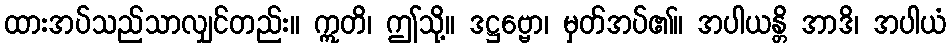
ထားအပ်သည်သာလျှင်တည်း။ ဣတိ၊ ဤသို့။ ဒဋ္ဌဗ္ဗော၊ မှတ်အပ်၏။ အပါယန္တိ အာဒိ၊ အပါယံ